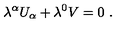
\lambda ^ { \alpha } U _ { \alpha } + \lambda ^ { 0 } V = 0 \ .